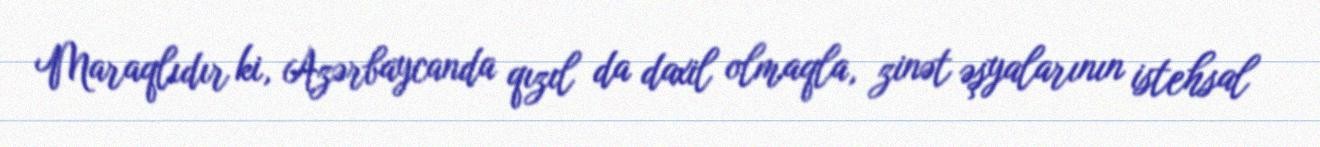
Maraqlıdır ki, Azərbaycanda qızıl da daxil olmaqla, zinət əşyalarının istehsal